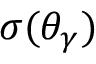
\sigma ( \theta _ { \gamma } )